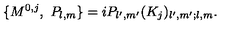
\{ M ^ { 0 , j } , \ P _ { l , m } \} = i P _ { l ^ { \prime } , m ^ { \prime } } ( K _ { j } ) _ { l ^ { \prime } , m ^ { \prime } ; l , m } .